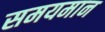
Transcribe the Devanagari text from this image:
समयमान